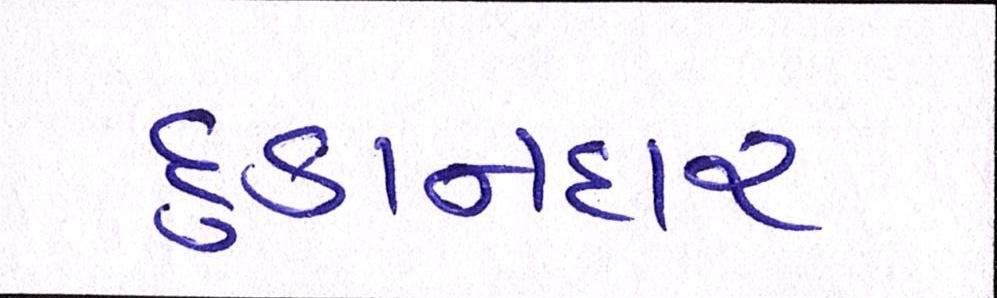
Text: દુકાનદાર